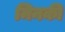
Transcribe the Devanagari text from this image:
मिनकी